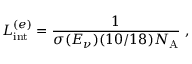
L _ { \mathrm { i n t } } ^ { ( e ) } = \frac { 1 } { \sigma ( E _ { \nu } ) ( 1 0 / 1 8 ) N _ { \mathrm { A } } } \; ,